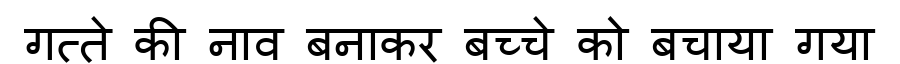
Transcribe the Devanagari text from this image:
गत्ते की नाव बनाकर बच्चे को बचाया गया